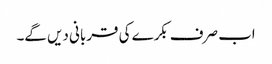
اب صرف بکرے کی قربانی دیں گے۔